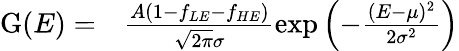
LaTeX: \begin{array}{rl}{\mathrm{G}(E)=}&{{}\frac{A(1-f_{LE}-f_{HE})}{\sqrt{2\pi}\sigma}\exp\left(-\frac{(E-\mu)^{2}}{2\sigma^{2}}\right)}\end{array}